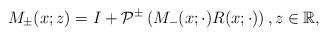
LaTeX: \begin{align*}M_{\pm}(x;z)=I+\mathcal{P}^{\pm}\left(M_{-}(x; \cdot) R(x ;\cdot)\right) , z \in \mathbb{R},\end{align*}